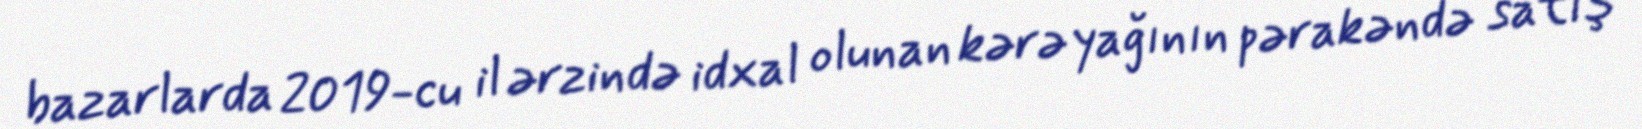
bazarlarda 2019-cu il ərzində idxal olunan kərə yağının pərakəndə satış